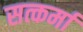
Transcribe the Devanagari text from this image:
सत्कर्मा